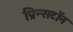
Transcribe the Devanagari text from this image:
प्रिन्सटॉन